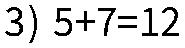
3) 5+7=12